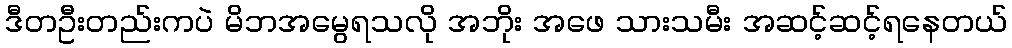
ဒီတဦးတည်းကပဲ မိဘအမွေရသလို အဘိုး အဖေ သားသမီး အဆင့်ဆင့်ရနေတယ်